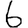
Digit: 6